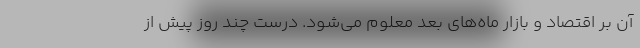
آن بر اقتصاد و بازار ماه‌های بعد معلوم می‌شود. درست چند روز پیش از